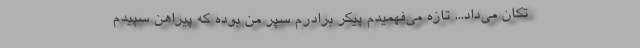
تکان می‌داد... تازه می‌فهمیدم پیکر برادرم سپر من بوده که پیراهن سپیدم